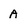
Character: A